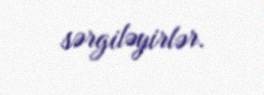
sərgiləyirlər.